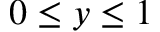
0 \leq y \leq 1